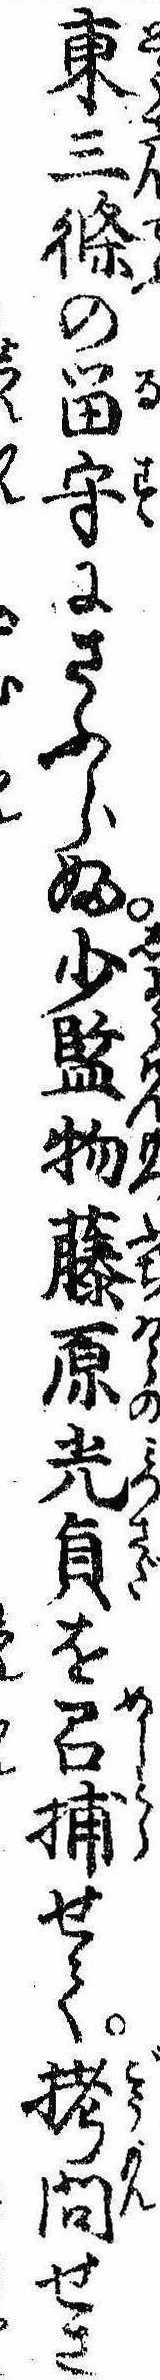
東三条の留守にさふらふ少監物藤原光貞を召捕せて拷問せさ